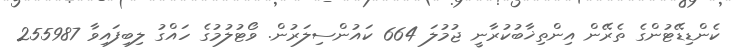
ކެންޑިޑޭޓުންގެ ތެރޭން އިންތިޚާބުކުރާނީ ޖުމުލަ 664 ކައުންސިލަރުން. ވޯޓުލުމުގެ ހައްގު ލިބިފައިވާ 255987